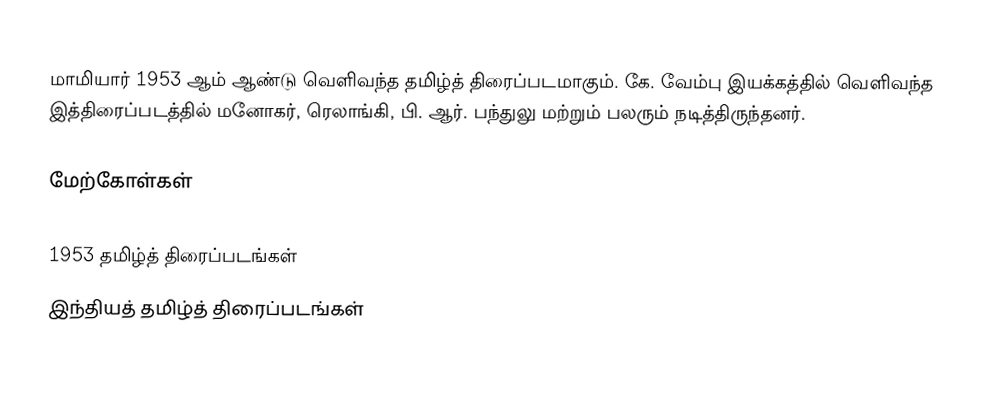
மாமியார் 1953 ஆம் ஆண்டு வெளிவந்த தமிழ்த் திரைப்படமாகும். கே. வேம்பு இயக்கத்தில் வெளிவந்த இத்திரைப்படத்தில் மனோகர், ரெலாங்கி, பி. ஆர். பந்துலு மற்றும் பலரும் நடித்திருந்தனர்.

மேற்கோள்கள்

1953 தமிழ்த் திரைப்படங்கள்
இந்தியத் தமிழ்த் திரைப்படங்கள்